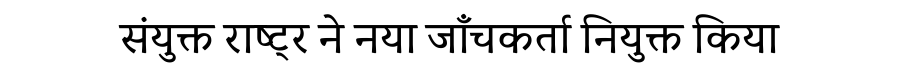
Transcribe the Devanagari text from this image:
संयुक्त राष्ट्र ने नया जाँचकर्ता नियुक्त किया